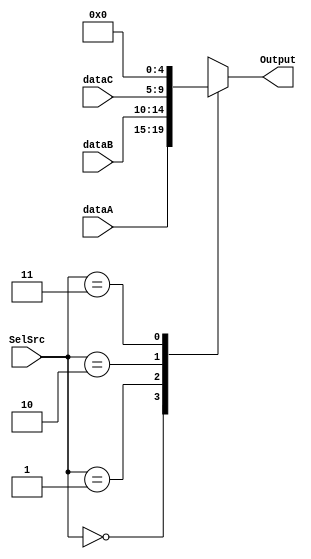
`timescale 1ns / 1ps
//////////////////////////////////////////////////////////////////////////////////
// Company: 
// Engineer: 
// 
// Design Name: 
// Module Name: Data_Sel3_5bits
// Project Name: 
// Target Devices: 
// Tool Versions: 
// Description: 
// 
// Dependencies: 
// 
// Revision:
// Revision 0.01 - File Created
// Additional Comments:
// 
//////////////////////////////////////////////////////////////////////////////////


module Data_Sel3_5bits(dataA, dataB, dataC, SelSrc, Output);
    input [4:0] dataA, dataB, dataC;
    input [1:0] SelSrc; 
    output reg [4:0] Output;
    
    always@(dataA or dataB or dataC or SelSrc) begin
        case(SelSrc)
            2'b00 : Output = dataA;
            2'b01 : Output = dataB;
            2'b10 : Output = dataC;
            2'b11 : Output = 0;
        endcase
    end
endmodule